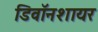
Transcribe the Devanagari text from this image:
डिवॉनशायर